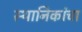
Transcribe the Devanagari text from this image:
स्थानिकांचा